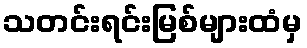
သတင်းရင်းမြစ်များထံမှ